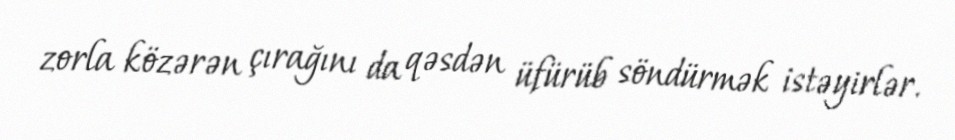
zorla közərən çırağını da qəsdən üfürüb söndürmək istəyirlər.